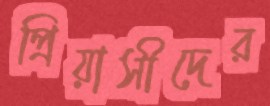
প্রিয়াসীদের